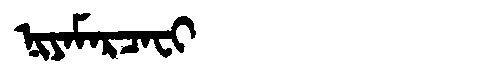
Manchu: ᠨᡳᠶᠠᠮᠠᡵᠴᠠᠸᡳ
Romanization: NIYAMARCAFI